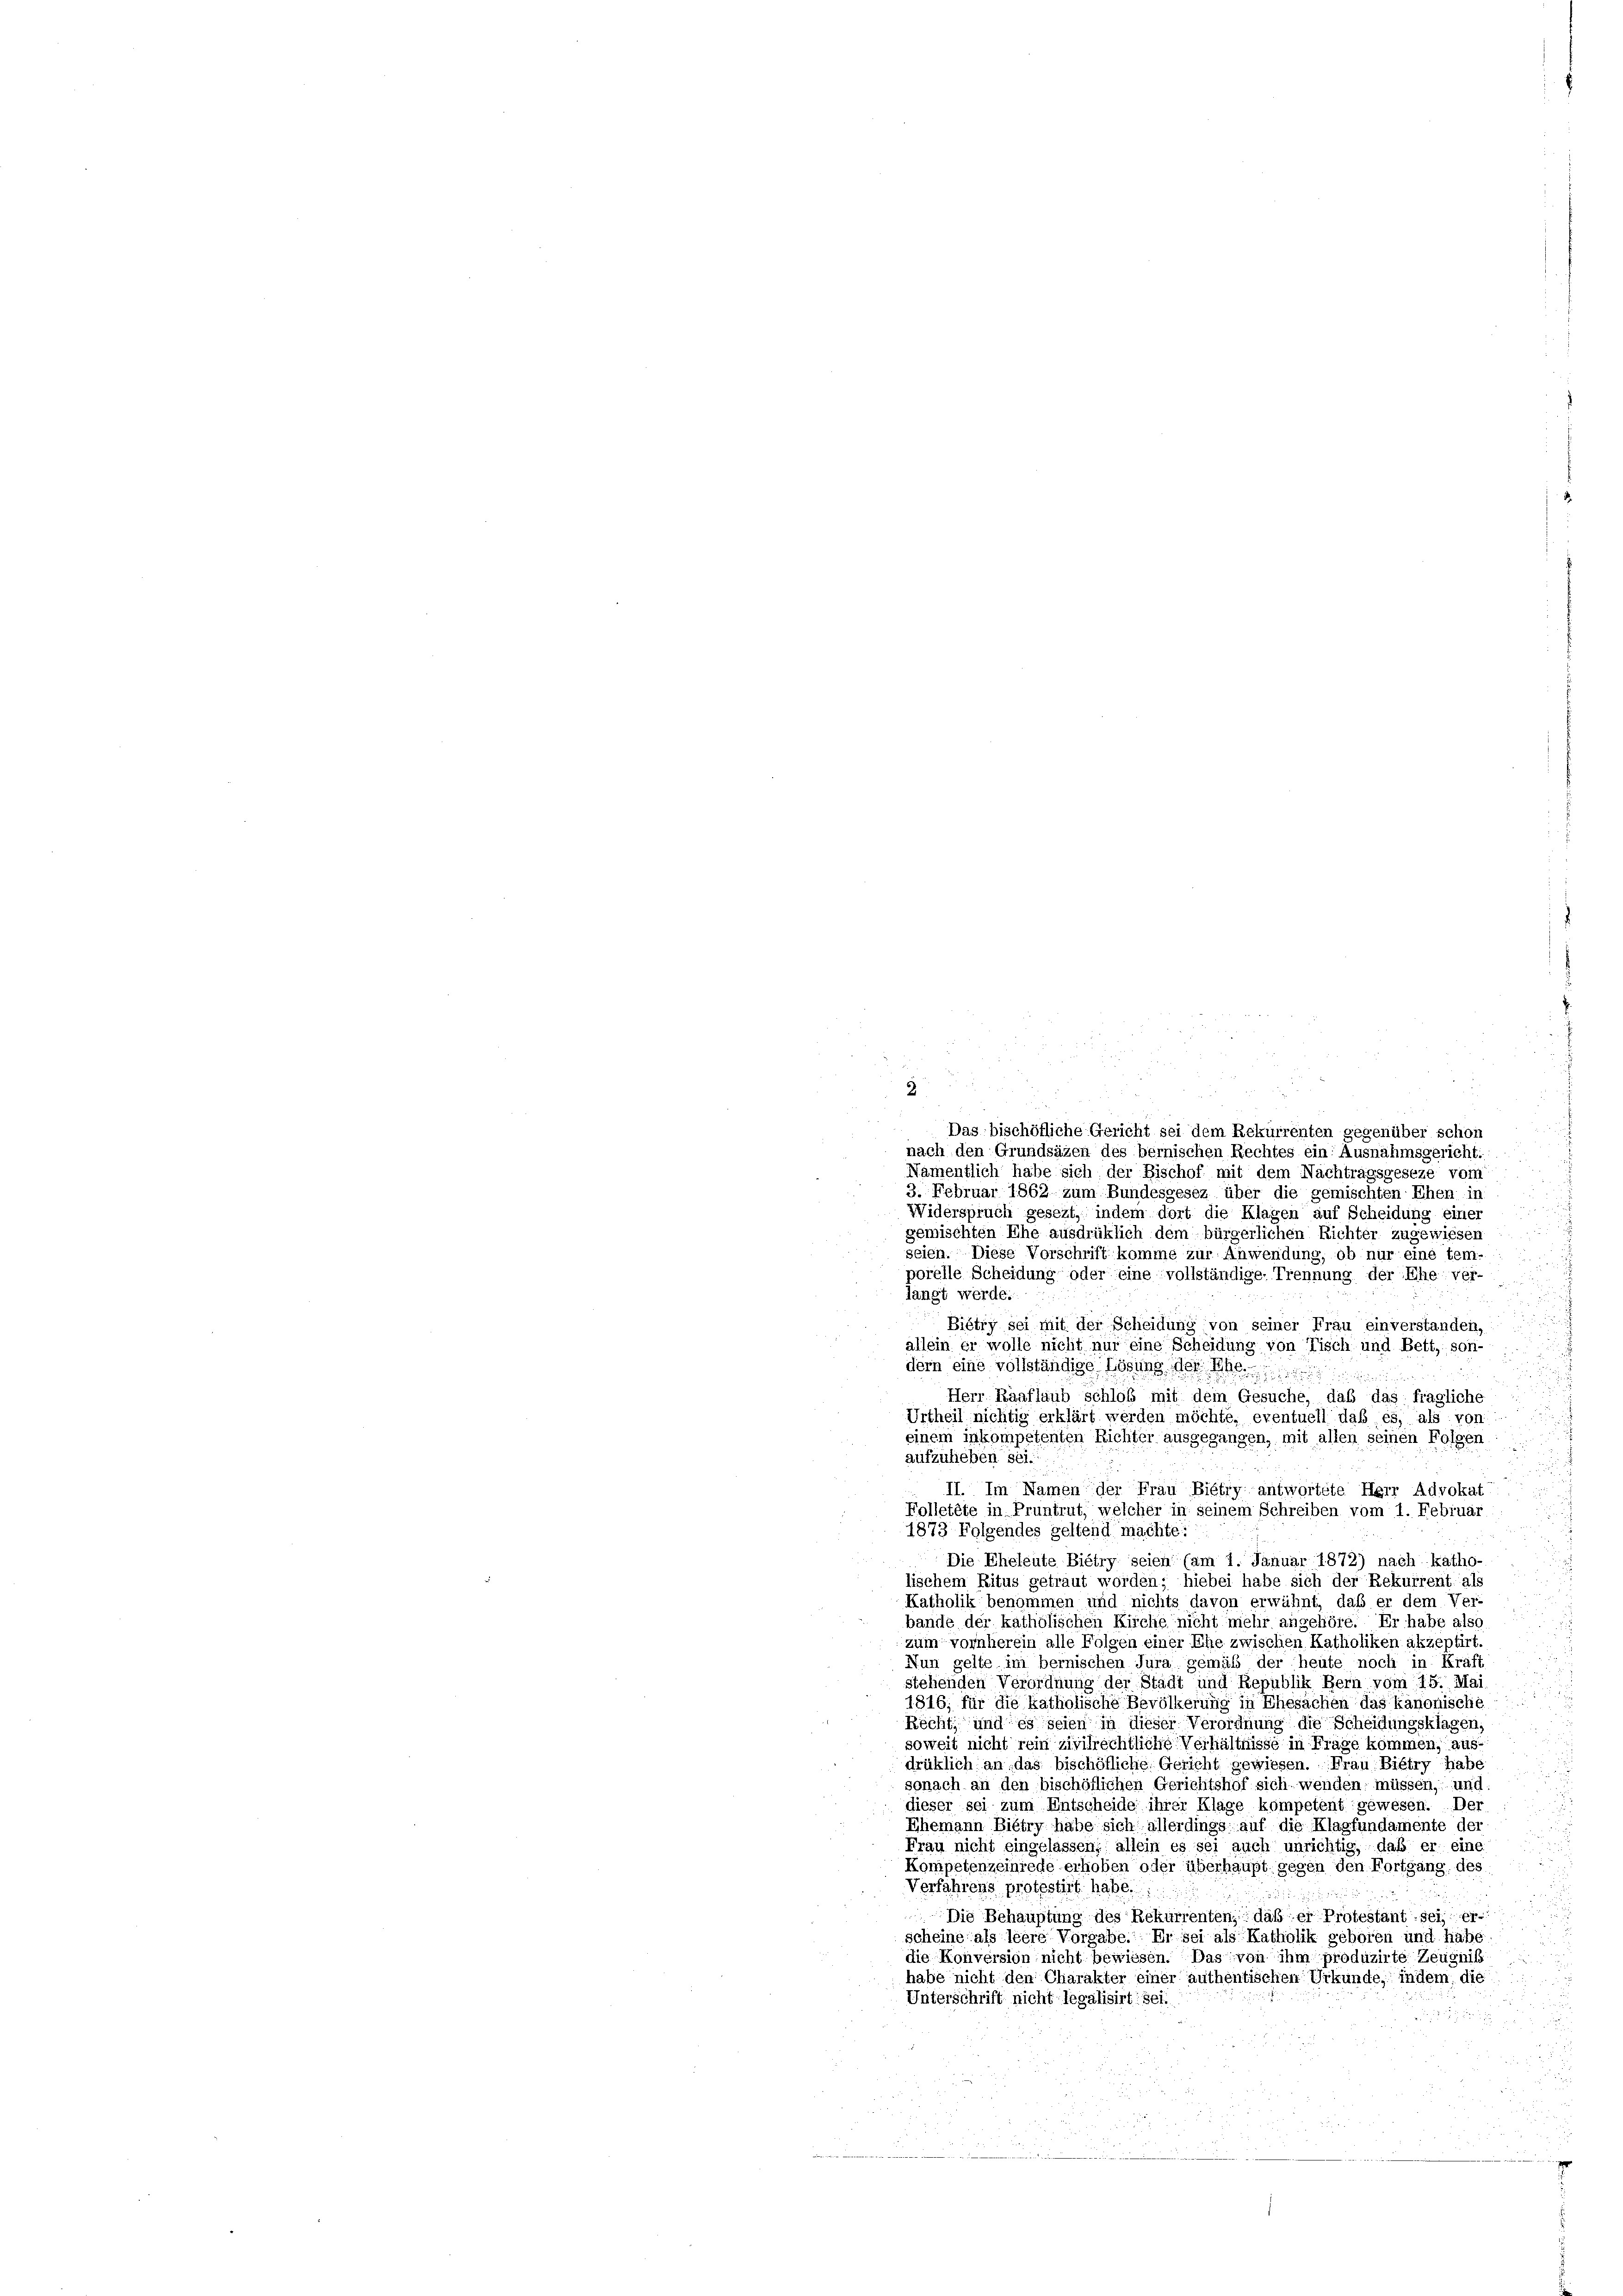
i
2
Das bischöfliche Gericht sei dem Rekurrenten gegenüber schon
nach den Grundsäzen des bernischen Rechtes ein: Ausnahmsgericht:
Namentlich habe sich der Bischof mit dem Nachtragsgeseze vom
3. Februar 1862 zum Bundesgesez über die gemischten Ehen in
u

Widerspruch gesezt, indem dort die Klagen auf Scheidung einer
gemischten Ehe ausdrüklich dem bürgerlichen Richter zugewiesen
seien. Diese Vorschrift komme zur Anwendung, ob nur eine tem-
porelle Scheidung oder eine vollständige Trennung der Ehe ver-
langt werde.
¬
Biétry sei mit der Scheidung von seiner Frau einverstanden,
allein er wolle nicht nur eine Scheidung von Tisch und Bett, son-
2
dern eine vollständige Lösung der Ehe
Herr Raaflaub schloß mit dem Gesuche, daß das fragliche
Urtheil nichtig erklärt werden möchte, eventuell daß es, als von
einem inkompetenten Richter ausgegangen, mit allen seinen Folgen
aufzulieben sei.
II. Im Namen der Frau Biétry antwortete Herr Advokat
Folletete in Pruntrut, welcher in seinem Schreiben vom 1. Februar
1873 Folgendes geltend machte:
Die Eheleute Biétry seien (am 1. Januar 1872) nach katho-
lischem Ritus getraut worden; hiebei habe sich der Rekurrent als
Katholik benommen und nichts davon erwähnt, daß er dem Ver
bande der katholischen Kirche nicht mehr angehöre. Er habe also
zum vornherein alle Folgen einer Ehe zwischen Katholiken akzeptirt.
Nun gelte im bernischen Jura gemäß der heute noch in Kräft
stehenden Verordnung der Stadt und Republik Bern vom 15. Mai
1816; für die katholische Bevölkerung in Ehesachen das kanonische
Recht, und es seien in dieser Verordnung die Scheidungsklagen,
soweit nicht rein zivilrechtliche Verhältnisse in Fräge kommen, aus
drüklich an das bischöfliche Gericht gewiesen. Frau Bietry habe
sonach an den bischöflichen Gerichtshof sich, wenden müssen, und
dieser sei zum Entscheide ihrer Klage kompetent gewesen. Der
Ehemann Biétry habe sich allerdings auf die Klagfundamente der
Frau nicht eingelassen; allein es sei auch unrichtig, daß er eine
Kompetenzeinrede erhoben oder überhaupt gegen den Fortgang des
Verfahrens protestirt habe.
o
Die Behauptung des Rekurrenten, daß er Protestant sei; er
scheine als leere Vorgabe. Er sei als Katholik geboren und habe
die Konversion nicht bewiesen. Das von ihm produzirte Zeugniß
habe nicht den Charakter einer authentischen Urkunde, indem, die
Unterschrift nicht legalisirt sei.